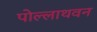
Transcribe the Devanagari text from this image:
पोल्लाथवन